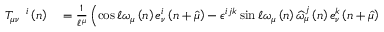
\begin{array} { r l } { T _ { \mu \nu } ^ { \quad i } \left( n \right) } & { { } = \frac { 1 } { \mathcal { \ell } ^ { \mu } } \left( \cos \mathcal { \ell } \omega _ { \mu } \left( n \right) e _ { \nu } ^ { i } \left( n + \widehat { \mu } \right) - \epsilon ^ { i j k } \sin \mathcal { \ell } \omega _ { \mu } \left( n \right) \widehat { \omega } _ { \mu } ^ { j } \left( n \right) e _ { \nu } ^ { k } \left( n + \widehat { \mu } \right) \right. } \end{array}